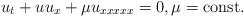
\begin{align*}u_t+uu_x+\mu u_{xxxxx}=0, \mu=\mathrm{const}. \end{align*}